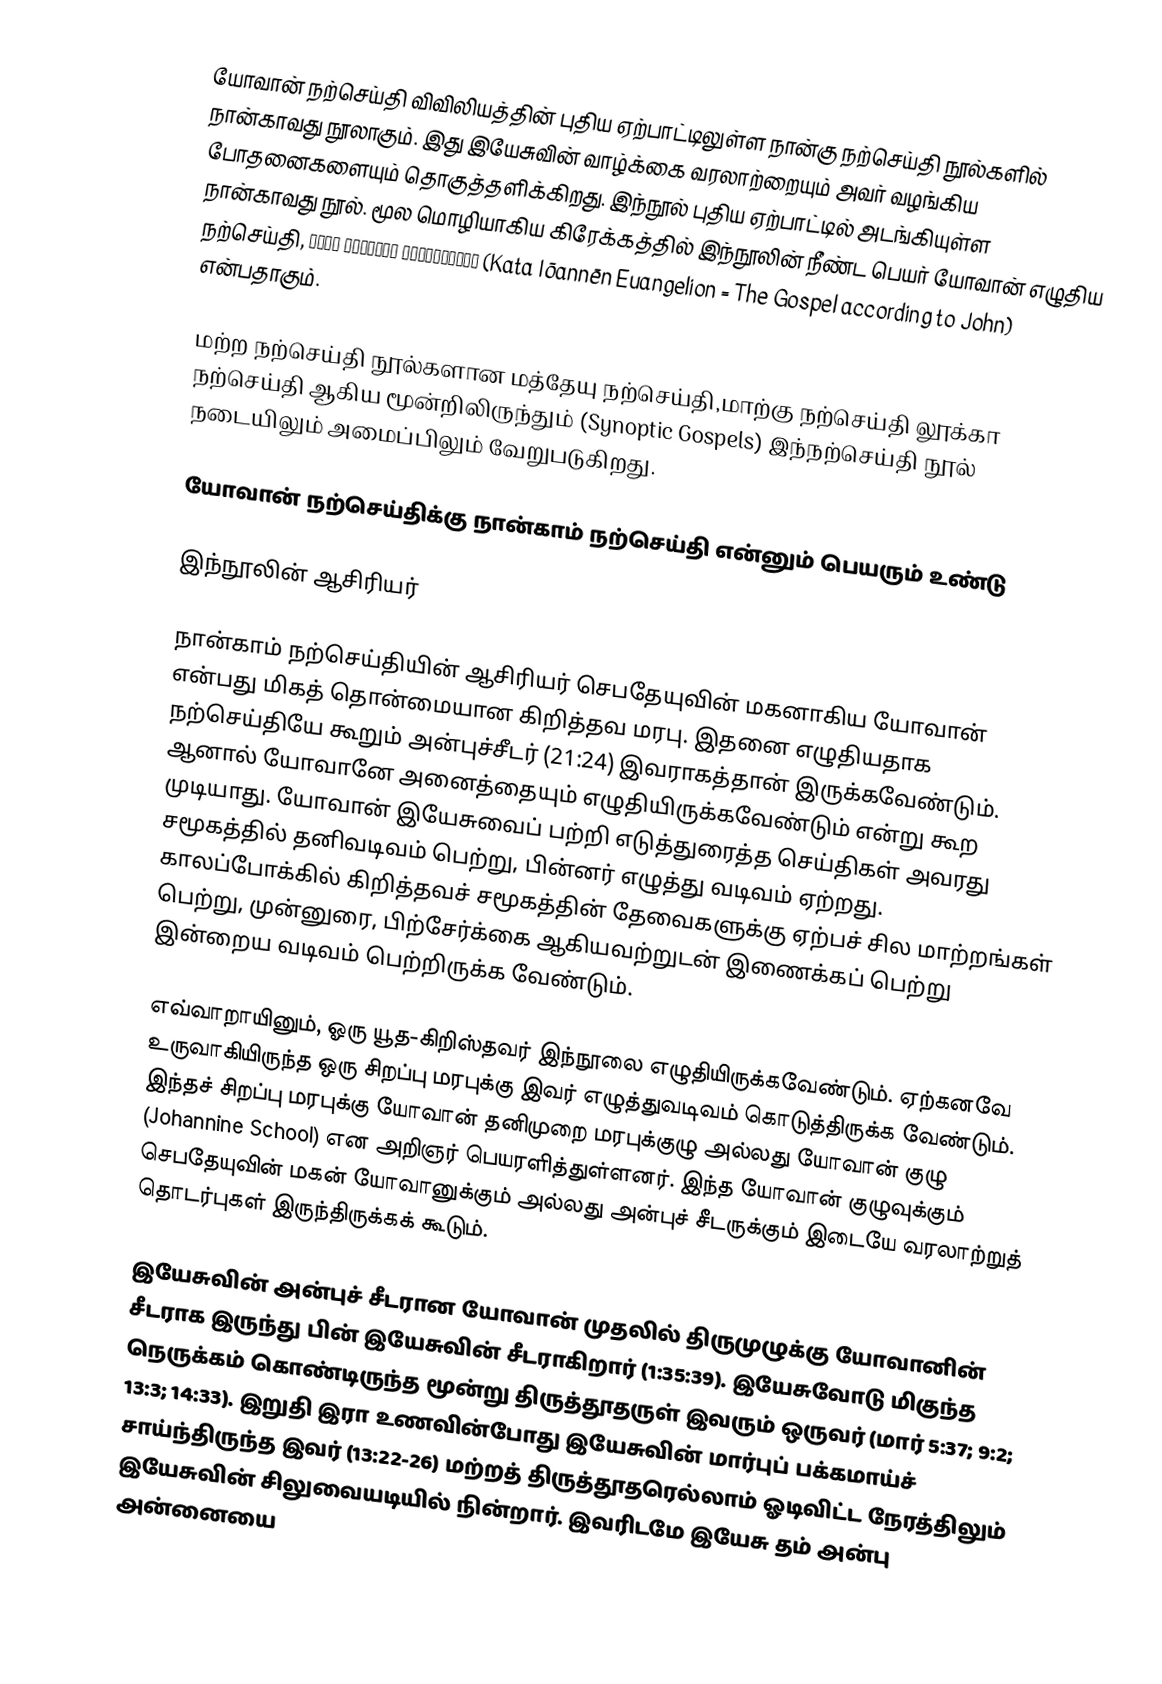
யோவான் நற்செய்தி விவிலியத்தின் புதிய ஏற்பாட்டிலுள்ள நான்கு நற்செய்தி நூல்களில் நான்காவது நூலாகும். இது இயேசுவின் வாழ்க்கை வரலாற்றையும் அவர் வழங்கிய போதனைகளையும் தொகுத்தளிக்கிறது. இந்நூல் புதிய ஏற்பாட்டில் அடங்கியுள்ள நான்காவது நூல். மூல மொழியாகிய கிரேக்கத்தில் இந்நூலின் நீண்ட பெயர் யோவான் எழுதிய நற்செய்தி, Κατά Ιωαννην εὐαγγέλιον (Kata Iōannēn Euangelion = The Gospel according to John) என்பதாகும்.

மற்ற நற்செய்தி நூல்களான மத்தேயு நற்செய்தி,மாற்கு நற்செய்தி லூக்கா நற்செய்தி ஆகிய மூன்றிலிருந்தும் (Synoptic Gospels)  இந்நற்செய்தி நூல் நடையிலும் அமைப்பிலும் வேறுபடுகிறது.

யோவான் நற்செய்திக்கு நான்காம் நற்செய்தி என்னும் பெயரும் உண்டு

இந்நூலின் ஆசிரியர்

நான்காம் நற்செய்தியின் ஆசிரியர் செபதேயுவின் மகனாகிய யோவான் என்பது மிகத் தொன்மையான கிறித்தவ மரபு. இதனை எழுதியதாக நற்செய்தியே கூறும் அன்புச்சீடர் (21:24)  இவராகத்தான் இருக்கவேண்டும். ஆனால் யோவானே அனைத்தையும் எழுதியிருக்கவேண்டும் என்று கூற முடியாது. யோவான் இயேசுவைப் பற்றி எடுத்துரைத்த செய்திகள் அவரது சமூகத்தில் தனிவடிவம் பெற்று, பின்னர் எழுத்து வடிவம் ஏற்றது. காலப்போக்கில் கிறித்தவச் சமூகத்தின் தேவைகளுக்கு ஏற்பச் சில மாற்றங்கள் பெற்று, முன்னுரை, பிற்சேர்க்கை ஆகியவற்றுடன் இணைக்கப் பெற்று இன்றைய வடிவம் பெற்றிருக்க வேண்டும்.

எவ்வாறாயினும், ஓரு யூத-கிறிஸ்தவர் இந்நூலை எழுதியிருக்கவேண்டும். ஏற்கனவே உருவாகியிருந்த ஒரு சிறப்பு மரபுக்கு இவர் எழுத்துவடிவம் கொடுத்திருக்க வேண்டும். இந்தச் சிறப்பு மரபுக்கு யோவான் தனிமுறை மரபுக்குழு அல்லது யோவான் குழு (Johannine School) என அறிஞர் பெயரளித்துள்ளனர். இந்த யோவான் குழுவுக்கும் செபதேயுவின் மகன் யோவானுக்கும் அல்லது அன்புச் சீடருக்கும் இடையே வரலாற்றுத் தொடர்புகள் இருந்திருக்கக் கூடும்.

இயேசுவின் அன்புச் சீடரான யோவான் முதலில் திருமுழுக்கு யோவானின் சீடராக இருந்து பின் இயேசுவின் சீடராகிறார் (1:35:39). இயேசுவோடு மிகுந்த நெருக்கம் கொண்டிருந்த மூன்று திருத்தூதருள் இவரும் ஒருவர் (மார் 5:37; 9:2; 13:3; 14:33). இறுதி இரா உணவின்போது இயேசுவின் மார்புப் பக்கமாய்ச் சாய்ந்திருந்த இவர் (13:22-26) மற்றத் திருத்தூதரெல்லாம் ஓடிவிட்ட நேரத்திலும் இயேசுவின் சிலுவையடியில் நின்றார். இவரிடமே இயேசு தம் அன்பு அன்னையை